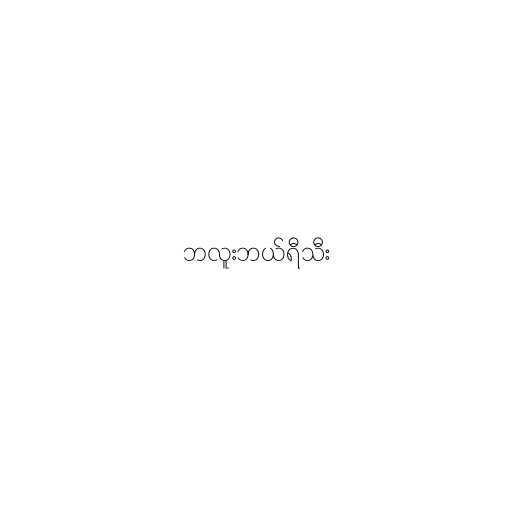
ဘလူးဘယ်ရီသီး